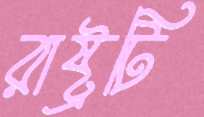
রাষ্ট্রটি